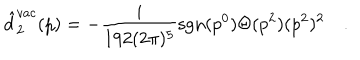
\hat { d } _ { 2 } ^ { v a c } ( p ) = - \frac { i } { 1 9 2 ( 2 \pi ) ^ { 5 } } \mathrm { s g n } ( p ^ { 0 } ) \Theta ( p ^ { 2 } ) ( p ^ { 2 } ) ^ { 2 } \quad .